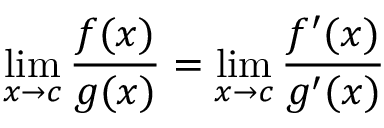
\operatorname* { l i m } _ { x \to c } { \frac { f ( x ) } { g ( x ) } } = \operatorname* { l i m } _ { x \to c } { \frac { f ^ { \prime } ( x ) } { g ^ { \prime } ( x ) } }